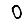
Digit: 0